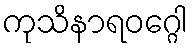
ကုသိနာရဝဂ္ဂေါ